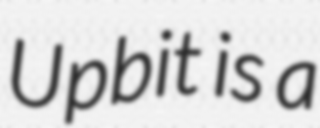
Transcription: Upbit is a